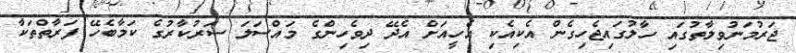
ޖަރުމަނުވިލާތުގައި ހާލުގައިޖެހިގެން އެކިއެކި އެހީއަށް އެދޭ ދިވެހިންގެ މައްސަލަ ސަރުކާރުގެ ކަމާބެހޭ ފަރާތްތަކާ